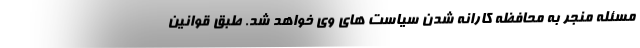
مسئله منجر به محافظه کارانه شدن سیاست های وی خواهد شد. طبق قوانین